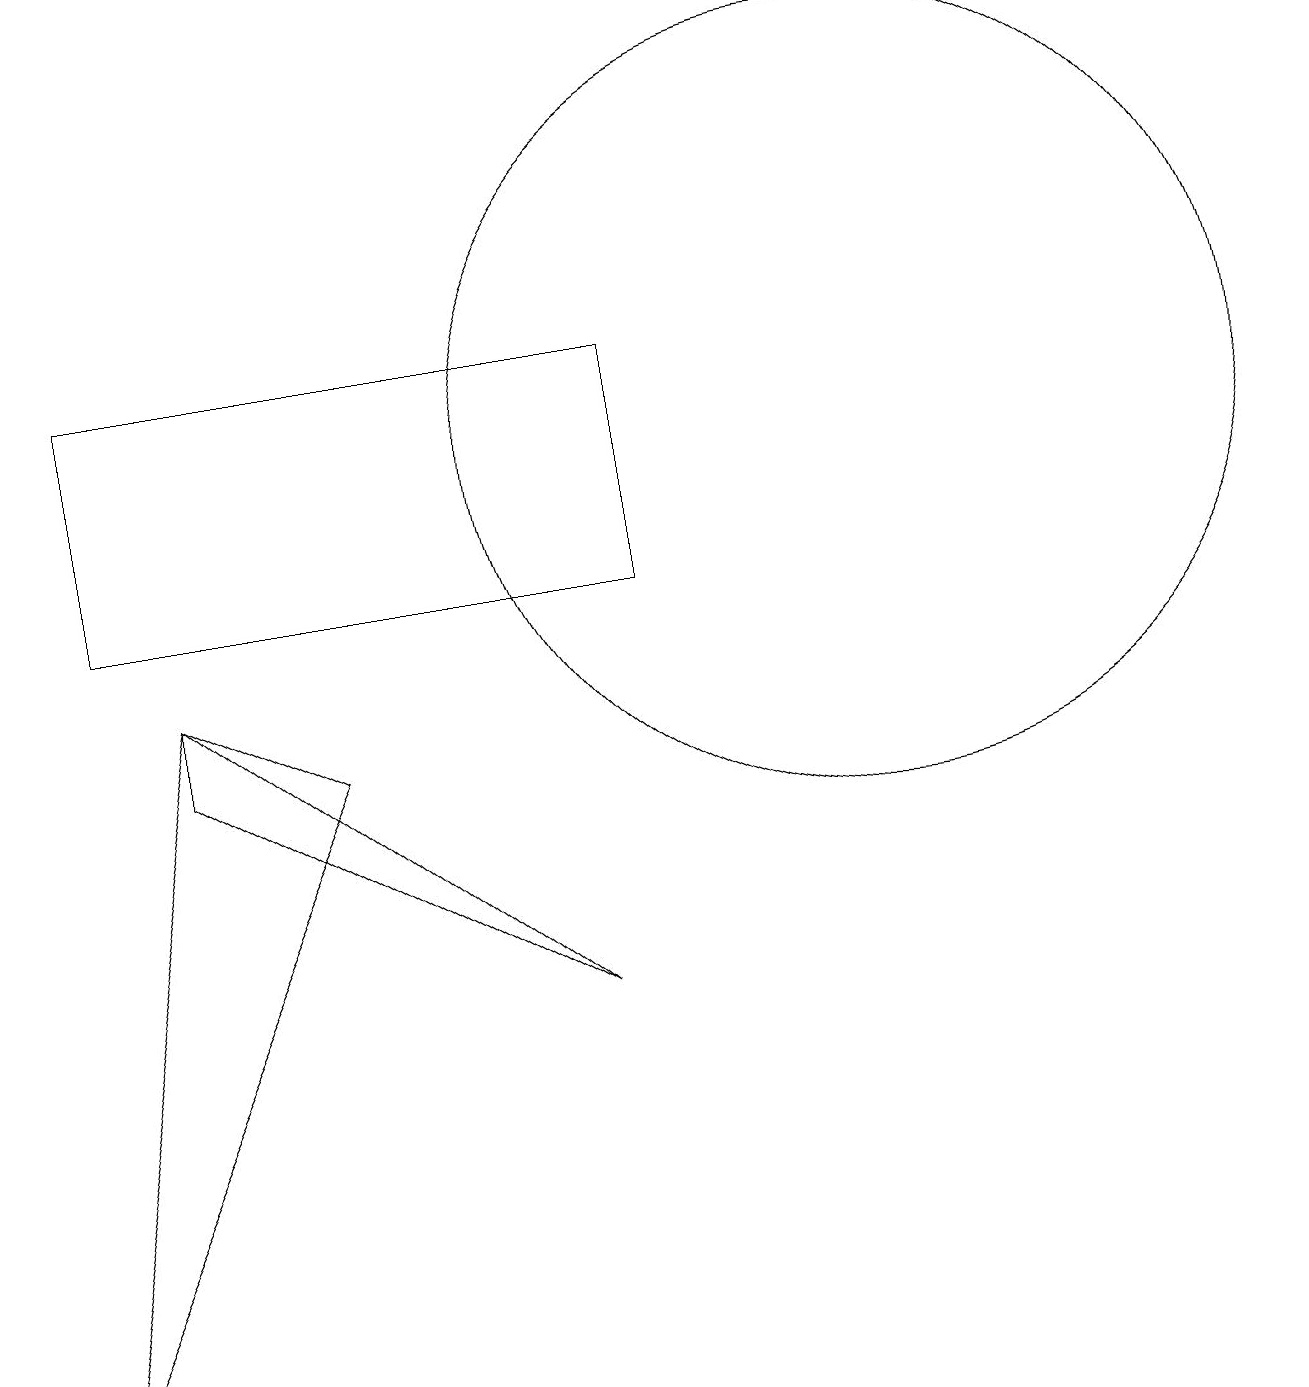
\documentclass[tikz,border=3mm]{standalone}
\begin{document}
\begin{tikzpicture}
\draw (12,12) circle (5);
\draw (3,8) -- (8,5) -- (3,9) -- cycle;
\draw (2,10) rectangle (9,13);
\draw (3,9) -- (1,0) -- (5,8) -- cycle;
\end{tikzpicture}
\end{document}